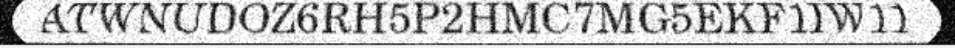
ATWNUDOZ6RH5P2HMC7MG5EKF1IW11